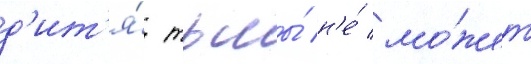
д'ит'я́ тьмы́ н'е́ мо́жет